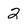
Character: 2